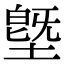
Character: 墍